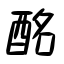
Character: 酩